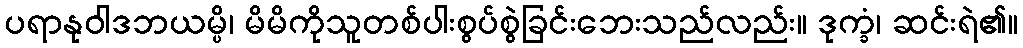
ပရာနုဝါဒဘယမ္ပိ၊ မိမိကိုသူတစ်ပါးစွပ်စွဲခြင်းဘေးသည်လည်း။ ဒုက္ခံ၊ ဆင်းရဲ၏။